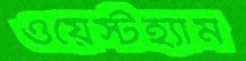
ওয়েস্টহ্যাম